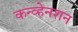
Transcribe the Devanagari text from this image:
कन्व्हेनशन